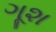
ગૂશ